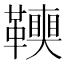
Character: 𩍭